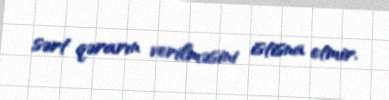
sərt qərarın verilməsini istisna etmir.